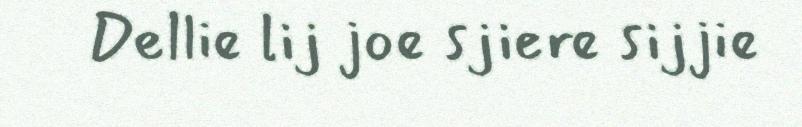
Dellie lij joe sjiere sijjie